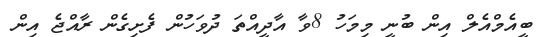
ބީއެމްއެލް އިން ބުނީ މިމަހު 8ވާ އާދީއްތަ ދުވަހުން ފެށިގެން ރާއްޖެ އިން